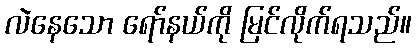
လဲနေသော ရော်နယ်ကို မြင်လိုက်ရသည်။